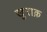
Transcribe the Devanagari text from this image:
खु़राक़